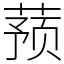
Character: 蓣